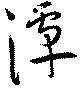
潭